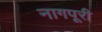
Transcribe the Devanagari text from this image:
नागपूरी